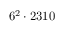
6 ^ { 2 } \cdot 2 3 1 0